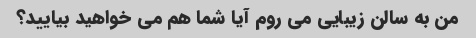
من به سالن زیبایی می روم آیا شما هم می خواهید بیایید؟